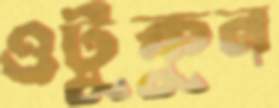
ওটুকুন